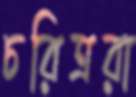
চরিত্ররা